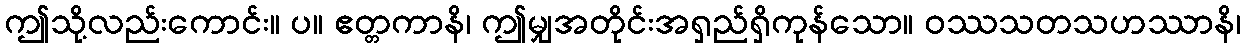
ဤသို့လည်းကောင်း။ ပ။ ဧတ္တကာနိ၊ ဤမျှအတိုင်းအရှည်ရှိကုန်သော။ ဝဿသတသဟဿာနိ၊